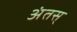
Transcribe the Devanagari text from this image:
अंतस्‌